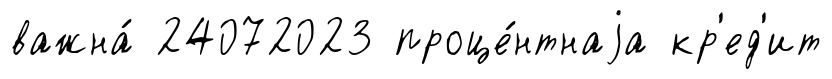
важна́ 24072023 проце́нтнаjа кр'ед'ит